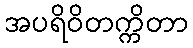
အပရိဝိတက္ကိတာ